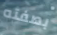
بصفته